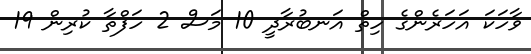
ވާހަކަ އަހަރެންގެ ހިތް އަނބުރާދީ 10 މަސް 2 ހަފްތާ ކުރިން 19